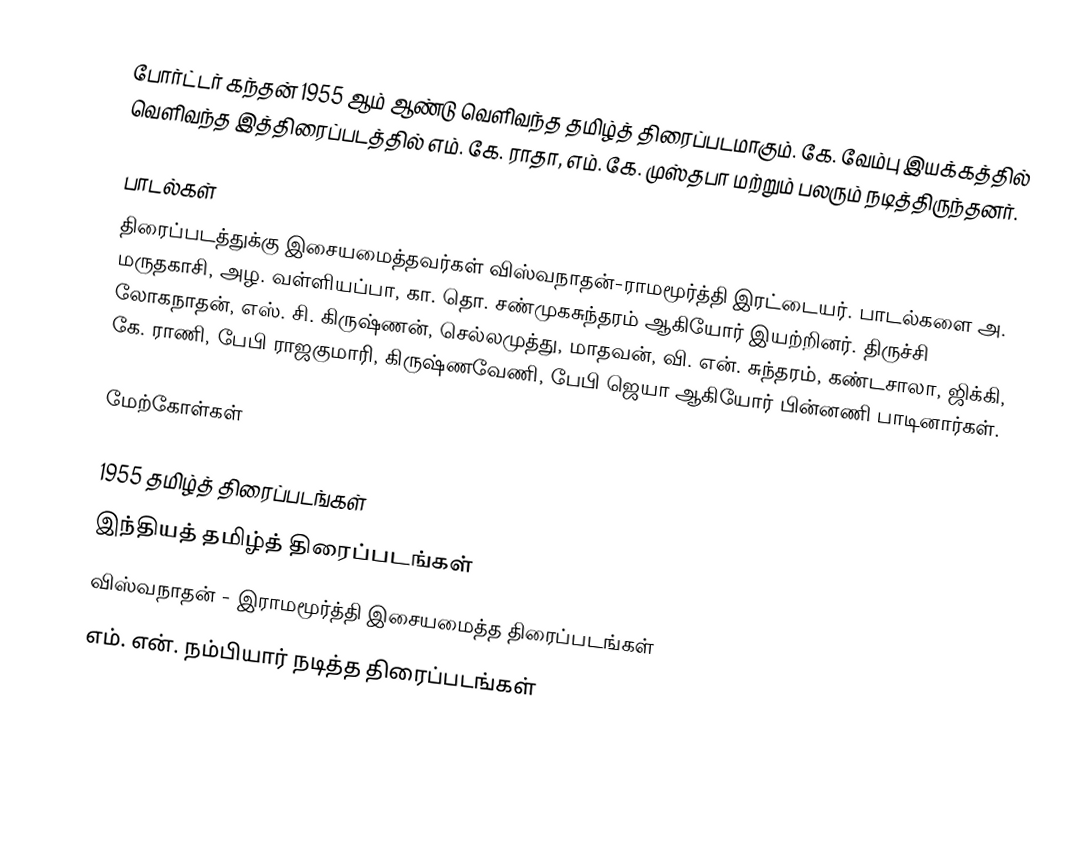
போர்ட்டர் கந்தன் 1955 ஆம் ஆண்டு வெளிவந்த தமிழ்த் திரைப்படமாகும். கே. வேம்பு இயக்கத்தில் வெளிவந்த இத்திரைப்படத்தில் எம். கே. ராதா, எம். கே. முஸ்தபா மற்றும் பலரும் நடித்திருந்தனர்.

பாடல்கள்
திரைப்படத்துக்கு இசையமைத்தவர்கள் விஸ்வநாதன்-ராமமூர்த்தி இரட்டையர். பாடல்களை அ. மருதகாசி, அழ. வள்ளியப்பா, கா. தொ. சண்முகசுந்தரம் ஆகியோர் இயற்றினர். திருச்சி லோகநாதன், எஸ். சி. கிருஷ்ணன், செல்லமுத்து, மாதவன், வி. என். சுந்தரம், கண்டசாலா, ஜிக்கி, கே. ராணி, பேபி ராஜகுமாரி, கிருஷ்ணவேணி, பேபி ஜெயா ஆகியோர் பின்னணி பாடினார்கள்.

மேற்கோள்கள்

1955 தமிழ்த் திரைப்படங்கள்
இந்தியத் தமிழ்த் திரைப்படங்கள்
விஸ்வநாதன் - இராமமூர்த்தி இசையமைத்த திரைப்படங்கள்
எம். என். நம்பியார் நடித்த திரைப்படங்கள்